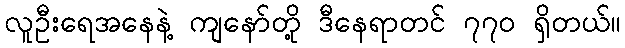
လူဦးရေအနေနဲ့ ကျနော်တို့ ဒီနေရာတင် ၇၇၀ ရှိတယ်။